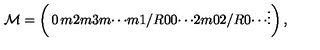
{ \cal M } = \left( \begin{matrix} { 0 } & { m } & { 2 m } & { 3 m } & { \cdots } \\ { m } & { 1 / R } & { 0 } & { 0 } & { \cdots } \\ { 2 m } & { 0 } & { 2 / R } & { 0 } & { \cdots } \\ { \vdots } \\ \end{matrix} \right) ,